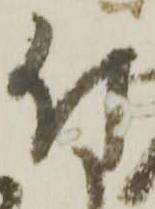
付